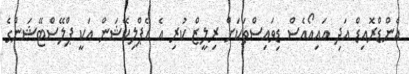
އެންޑްރޮއިޑް އަދި އައިއޯއެސް ޑިވައިސްތަކަށް ރިލީޒް ކުރި އެ އެޕްލިކޭޝަން އަކީ ޕްލޭސްޓޭޝަންގެ